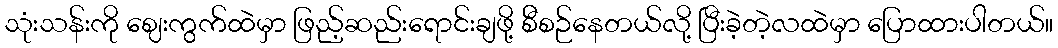
သုံးသန်းကို ဈေးကွက်ထဲမှာ ဖြည့်ဆည်းရောင်းချဖို့ စ်ီစဉ်နေတယ်လို့ ပြီးခဲ့တဲ့လထဲမှာ ပြောထားပါတယ်။